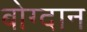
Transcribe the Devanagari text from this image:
बोग्दान